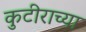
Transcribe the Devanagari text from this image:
कुटीराच्या